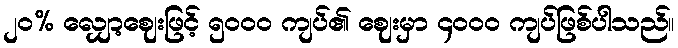
၂၀% လျှော့ဈေးဖြင့် ၅၀၀၀ ကျပ်၏ ဈေးမှာ ၄၀၀၀ ကျပ်ဖြစ်ပါသည်။